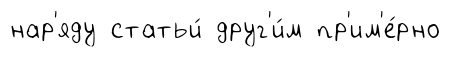
нар'яду статьи́ друг'и́м пр'им'е́рно